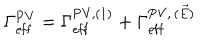
LaTeX: \Gamma _ { \mathrm { e f f } } ^ { \mathrm { P V } } = \Gamma _ { \mathrm { e f f } } ^ { \mathrm { P V } , ( 1 ) } + \Gamma _ { \mathrm { e f f } } ^ { \mathrm { P V } , \, ( \vec { E } ) }